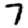
Digit: 7